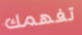
تفهمك